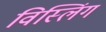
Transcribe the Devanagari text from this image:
विस्लिंग